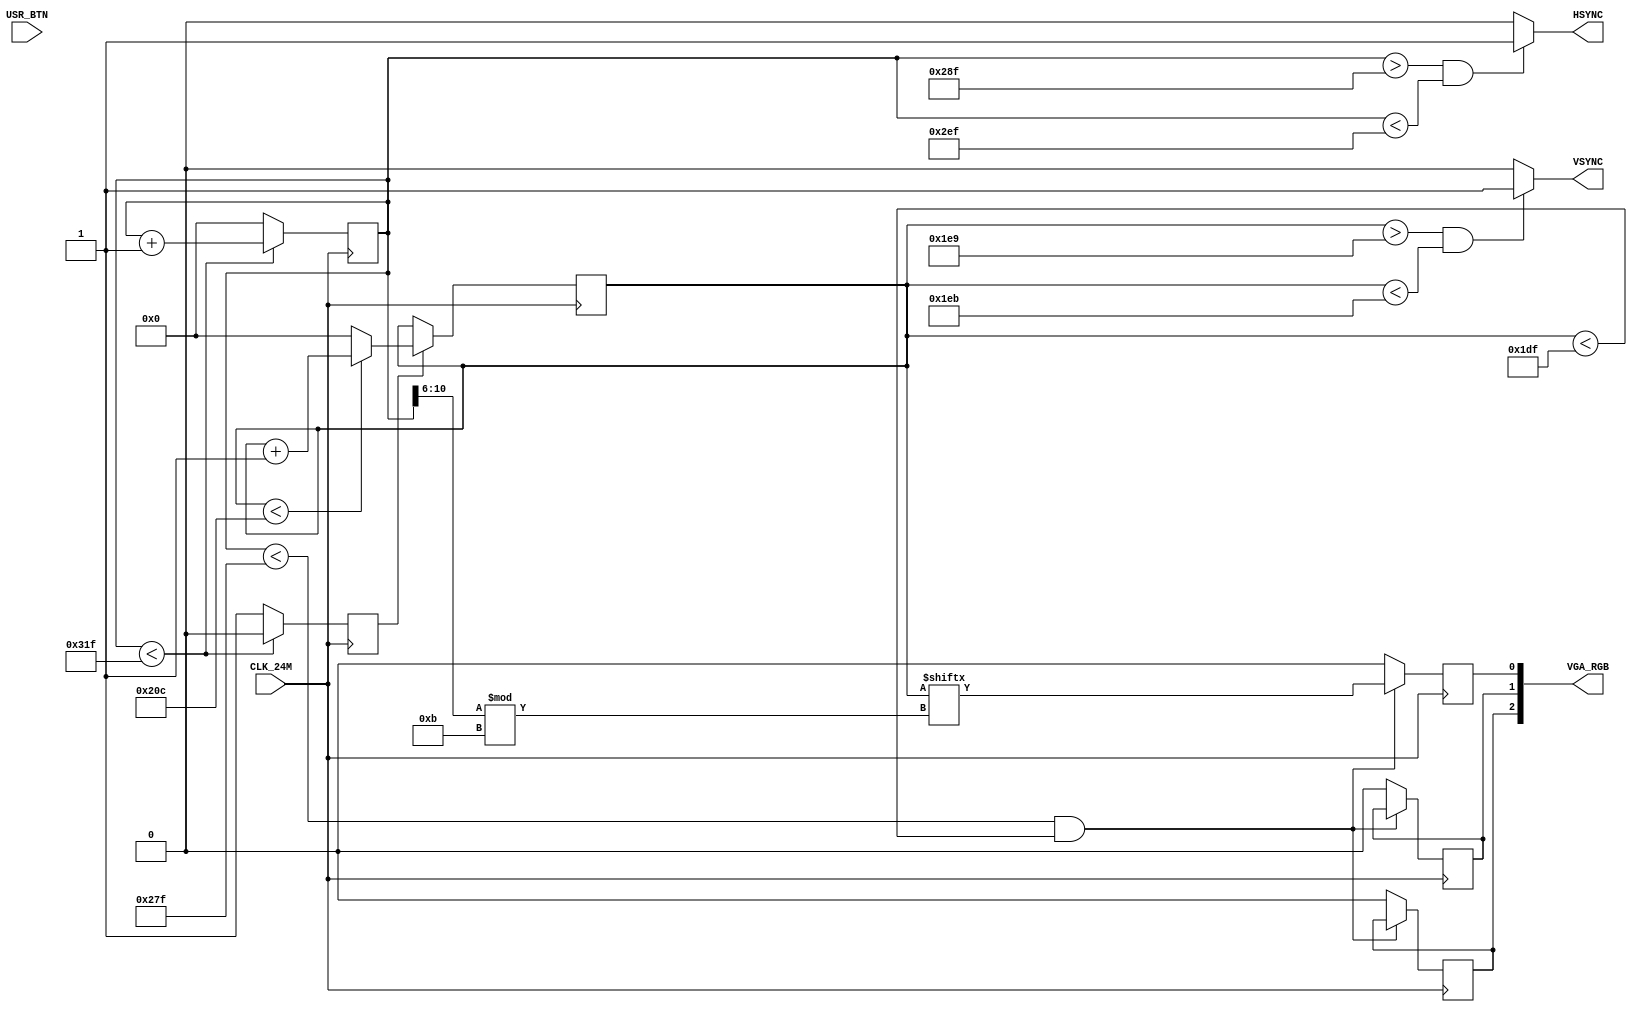
module top(
			input wire CLK_24M,
			input wire USR_BTN,
			output wire [2:0]VGA_RGB,
			output wire HSYNC,
			output wire VSYNC
);

reg enVcnt;
reg [10:0] hzcount;
reg [10:0] vtcount;
reg RED;
reg BLU;
reg GRN;

initial begin
	enVcnt <= 0;
	hzcount <= 0;
	vtcount <= 0;
end

always @(posedge CLK_24M) begin
	if (hzcount < 799) begin
		hzcount <= hzcount + 1'b1;
		enVcnt <= 0;
	end
	else begin
		hzcount <= 0;
		enVcnt <= 1;
	end
	
	if (enVcnt == 1'b1) begin
		if (vtcount < 524) begin
			vtcount <= vtcount + 1'b1;
		end
		else begin
			vtcount <= 0;
		end
	end
	
	if (hzcount < 639 && vtcount < 479) begin
		RED <= vtcount[(hzcount >> 6) % 11];
	end
	else begin
		RED <= 0;
		GRN <= 0;
		BLU <= 0;
	end
end

assign VGA_RGB[0] = RED;
assign VGA_RGB[1] = GRN;
assign VGA_RGB[2] = BLU;
assign HSYNC = (hzcount > 655 && hzcount < 751) ? 1'b1 : 1'b0;
assign VSYNC = (vtcount > 489 && vtcount < 491) ? 1'b1 : 1'b0;

endmodule